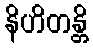
နိဟိတန္တိ